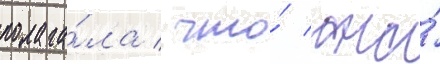
полага́ла / что́ она́